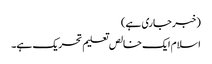
(خبر جاری ہے)
اسلام ایک خالص تعلیم تحریک ہے۔